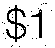
$1